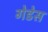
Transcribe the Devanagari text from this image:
गेडेस